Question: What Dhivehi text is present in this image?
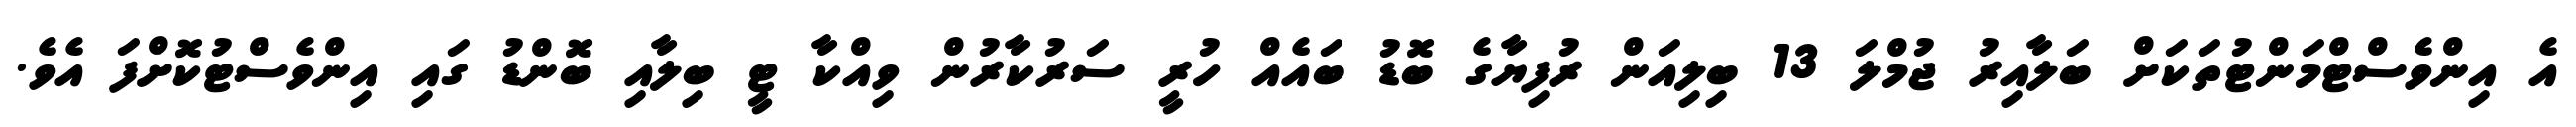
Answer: އެ އިންވެސްޓްމަންޓުތަކަށް ބަލާއިރު ޖުމްލަ 13 ބިލިއަން ރުފިޔާގެ ބޮޑު ބައެއް ހުރީ ސަރުކާރުން ވިއްކާ ޓީ ބިލާއި ބޮންޑު ގައި އިންވެސްޓުކޮށްފަ އެވެ.